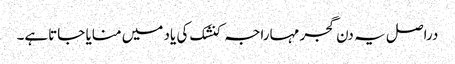
دراصل یہ دن گجر مہاراجہ کنشک کی یاد میں منایا جاتاہے۔